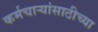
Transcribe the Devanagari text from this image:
कर्मचार्‍यांसाठीच्या